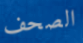
الصحف